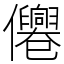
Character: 㒨